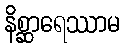
နိစ္ဆာရေဿာမ